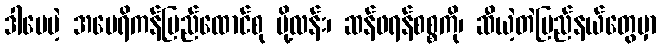
ဒါပေမဲ့ အမေရိကန်ပြည်ထောင်စု ပို့လန်း၊ ဆန်ဖရန်စစ္စကို၊ ဆီယဲ့တဲပြည်နယ်တွေမှာ